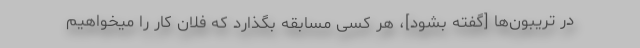
در تریبون‌ها [گفته بشود]، هر کسى مسابقه بگذارد که فلان کار را میخواهیم